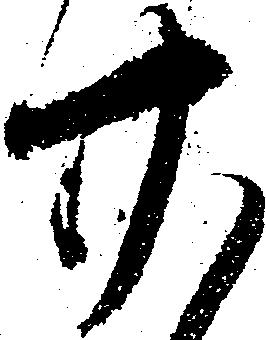
廿